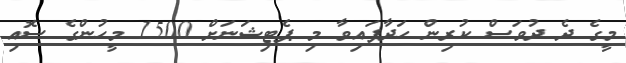
މީގެ ދެ ދުވަސް ކުރިން ހަދާފައިވާ މި ޕެޓިޝަނަށް 1500 މީހުންގެ ސޮއި